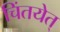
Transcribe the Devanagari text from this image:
चिंतयेत्